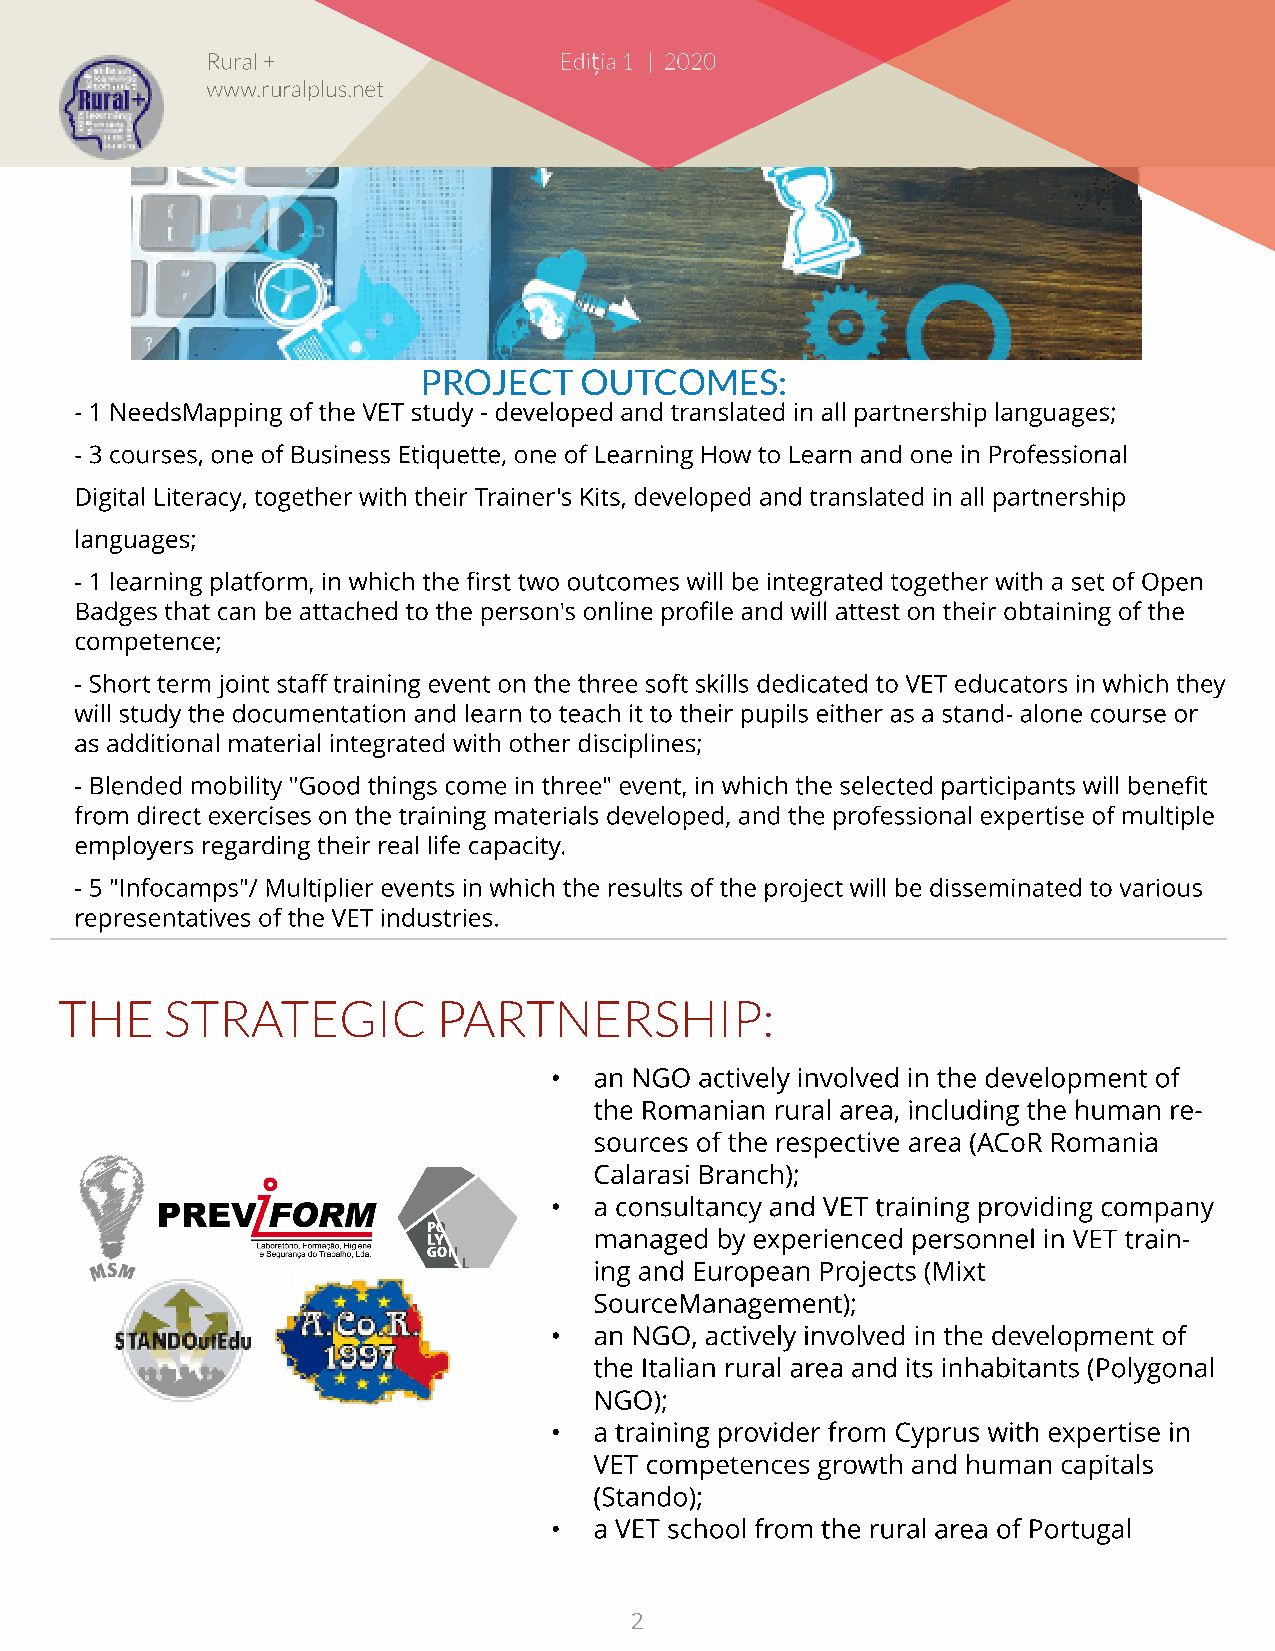
Rural +                Edi?ia 1 | 2020
 www.ruralplus.net
 PROJECT   OUTCOMES:
 - 1 NeedsMapping of the VET study - developed and translated in all partnership languages;
 - 3 courses, one of Business Etiquette, one of Learning How to Learn and one in Professional
 Digital Literacy, together with their Trainer's Kits, developed and translated in all partnership
 languages;
 - 1 learning platform, in which the first two outcomes will be integrated together with a set of Open
 Badges that can be attached to the person's online profile and will attest on their obtaining of the
 competence;
 - Short term joint staff training event on the three soft skills dedicated to VET educators in which they
 will study the documentation and learn to teach it to their pupils either as a stand- alone course or
 as additional material integrated with other disciplines;
 - Blended mobility "Good things come in three" event, in which the selected participants will benefit
 from direct exercises on the training materials developed, and the professional expertise of multiple
 employers regarding their real life capacity.
 - 5 "Infocamps"/ Multiplier events in which the results of the project will be disseminated to various
 representatives of the VET industries.
 THE    STRATEGIC         PARTNERSHIP:
 -  an NGO actively involved in the development of
 the Romanian rural area, including the human re-
 sources of the respective area (ACoR Romania
 Calarasi Branch);
 -  a consultancy and VET training providing company
 managed by experienced personnel in VET train-
 ing and European Projects (Mixt
 SourceManagement);
 -  an NGO, actively involved in the development of
 the Italian rural area and its inhabitants (Polygonal
 NGO);
 -  a training provider from Cyprus with expertise in
 VET competences growth and human capitals
 (Stando);
 -  a VET school from the rural area of Portugal
 2